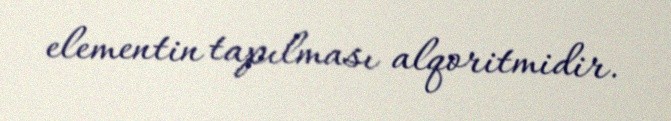
elementin tapılması alqoritmidir.